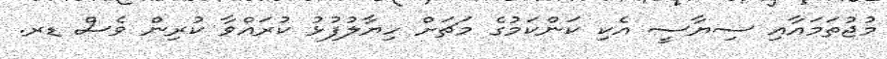
މުޖުތަމައާއި ސިޔާސީ އެކި ކަންކަމުގެ މަޗަށް ހިޔާލުފުޅު ކުރައްވާ ކުރިން ވެސް ޑރ.